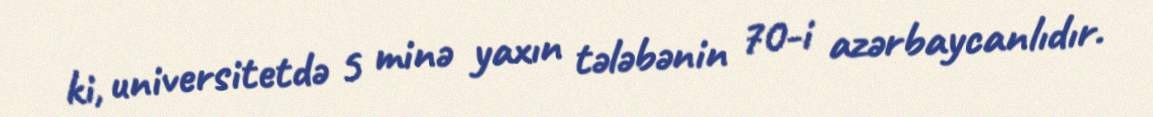
ki, universitetdə 5 minə yaxın tələbənin 70-i azərbaycanlıdır.